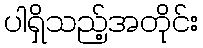
ပါရှိသည့်အတိုင်း